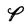
Character: P